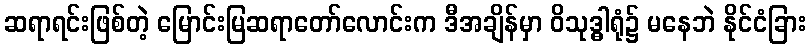
ဆရာရင်းဖြစ်တဲ့ မြောင်းမြဆရာတော်လောင်းက ဒီအချိန်မှာ ဝိသုဒ္ဓါရုံ၌ မနေဘဲ နိုင်ငံခြား